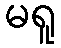
မရူ